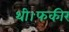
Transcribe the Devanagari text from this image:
थी।फकीर